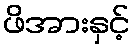
ဖိအားနှင့်